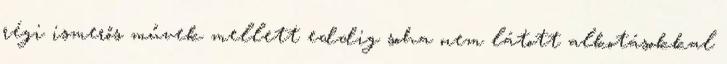
régi ismerős művek mellett eddig soha nem látott alkotásokkal